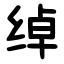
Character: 绰